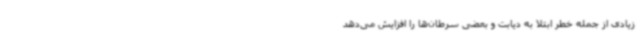
زیادی از جمله خطر ابتلا به دیابت و بعضی سرطان‌ها را افزایش می‌دهد